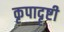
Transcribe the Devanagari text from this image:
कृपादॄष्टी